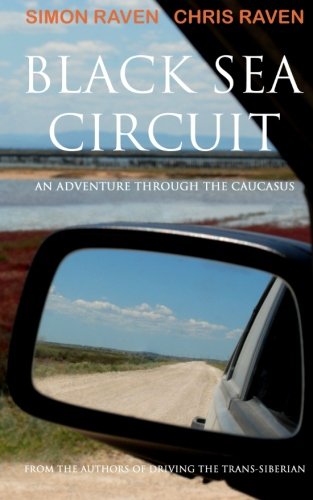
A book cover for Black Sea Circuit: An Adventure Through the Caucasus; Simon Raven; Travel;